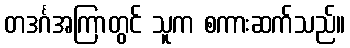
တဒင်္ဂအကြာတွင် သူက စကားဆက်သည်။